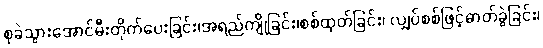
စုခဲသွားအောင်မီးတိုက်ပေးခြင်း၊အရည်ကျိုခြင်း၊စစ်ထုတ်ခြင်း၊ လျှပ်စစ်ဖြင့်ဓာတ်ခွဲခြင်း၊